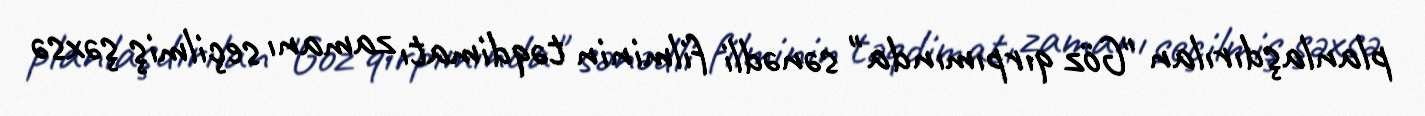
planlaşdırılan "Göz qırpımında" sənədli filminin təqdimatı zamanı seçilmiş şəxsə